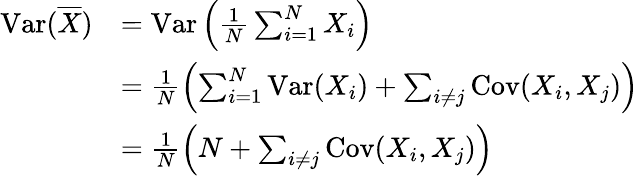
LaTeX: \begin{array}{rl}{\operatorname{Var}(\overline{{X}})}&{=\operatorname{Var}\left(\frac 1N\sum_{i=1}^{N}X_{i}\right)}\\ &{=\frac 1N\left(\sum_{i=1}^{N}\operatorname{Var}(X_{i})+\sum_{i\neq j}\operatorname{Cov}(X_{i},X_{j})\right)}\\ &{=\frac 1N\left(N+\sum_{i\neq j}\operatorname{Cov}(X_{i},X_{j})\right)}\end{array}